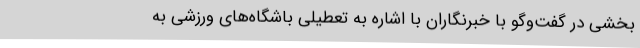
بخشی در گفت‌وگو با خبرنگاران با اشاره به تعطیلی باشگاه‌های ورزشی به